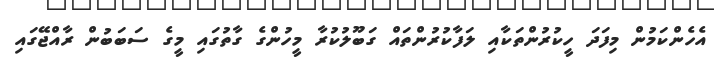
އެހެންކަމުން މިފަދަ ހީކުރުންތަކާއި ލަފާކުރުންތައް ގަބޫލުކުރާ މީހުންގެ ގާތުގައި މީގެ ސަބަބުން ރާއްޖޭގައި